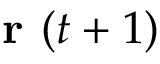
\textbf { r } ( t + 1 )